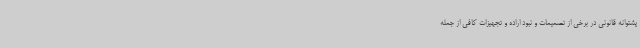
پشتوانه قانونی در برخی از تصمیمات و نبود اراده و تجهیزات کافی از جمله